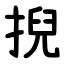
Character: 掜